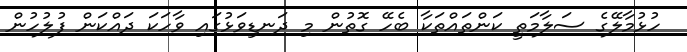
ހުޅުމާލޭގެ ސަލާމަތީ ކަންތައްތަކާ ބެހޭ ގޮތުން މި ދަނޑިވަޅުގައި ވާހަކަ ދައްކަން ފުލުހުން